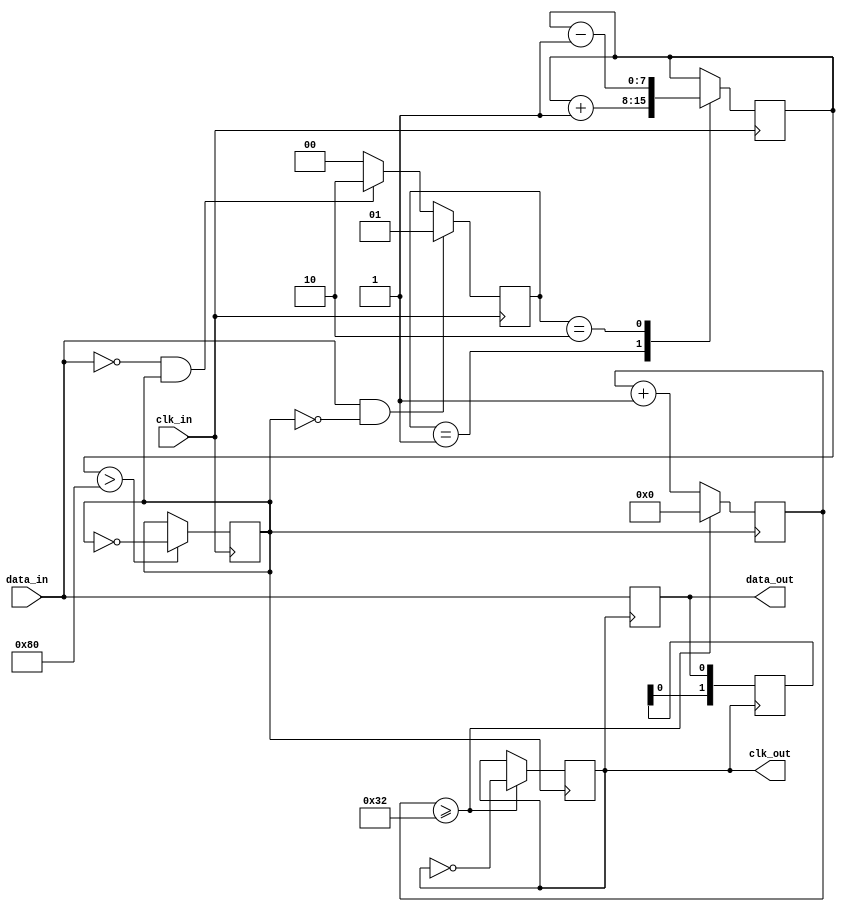
module pll_synchronizer (
    input wire clk_in,        // Incoming clock
    input wire data_in,       // Incoming data signal
    output reg data_out,      // Synchronized output data
    output wire clk_out       // Local clock output
);

    // Parameters for the PLL
    parameter integer VCO_FREQUENCY = 100; // Adjust based on design
    parameter integer LOOP_FILTER_GAIN = 1; // Gain for the loop filter

    // State variables
    reg [1:0] phase_detector; // Phase detector output
    reg [7:0] loop_filter;     // Loop filter output (control voltage)
    reg vco_clk;               // VCO clock output
    reg [7:0] cnt;             // Frequency divider counter

    // Phase Detector (PD)
    always @(posedge clk_in) begin
        if (data_in && !vco_clk) begin
            phase_detector <= 2'b01; // Data leads clock
        end else if (!data_in && vco_clk) begin
            phase_detector <= 2'b10; // Clock leads data
        end else begin
            phase_detector <= 2'b00; // In phase
        end
    end

    // Loop Filter (LF)
    always @(posedge clk_in) begin
        case (phase_detector)
            2'b01: loop_filter <= loop_filter + LOOP_FILTER_GAIN; // Data leads
            2'b10: loop_filter <= loop_filter - LOOP_FILTER_GAIN; // Clock leads
            default: loop_filter <= loop_filter; // No change
        endcase
    end

    // Voltage-Controlled Oscillator (VCO)
    always @(posedge clk_in) begin
        if (loop_filter > 128) begin
            vco_clk <= ~vco_clk; // Toggle clock based on control voltage
        end
    end

    // Clock Divider (if applicable)
    always @(posedge vco_clk) begin
        cnt <= cnt + 1;
        if (cnt >= (VCO_FREQUENCY / 2)) begin
            clk_out <= ~clk_out;
            cnt <= 0;
        end
    end

    // Data Sampling Circuit
    always @(posedge clk_out) begin
        data_out <= data_in; // Sample incoming data on clock edges
    end

    // Output Buffer (optional)
    reg [1:0] sync_reg; // Double flip-flop for metastability reduction
    always @(posedge clk_out) begin
        sync_reg <= {sync_reg[0], data_out}; // Two-stage synchronization
    end

    assign data_out = sync_reg[1]; // Final output

endmodule